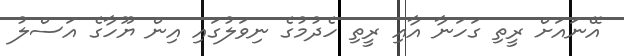
އޭނައަށް ރީތި ގަހަނާ އާއި ރީތި ހެދުމުގެ ނިވަލުގައި އިން ޔޫހާގެ އަސްލު